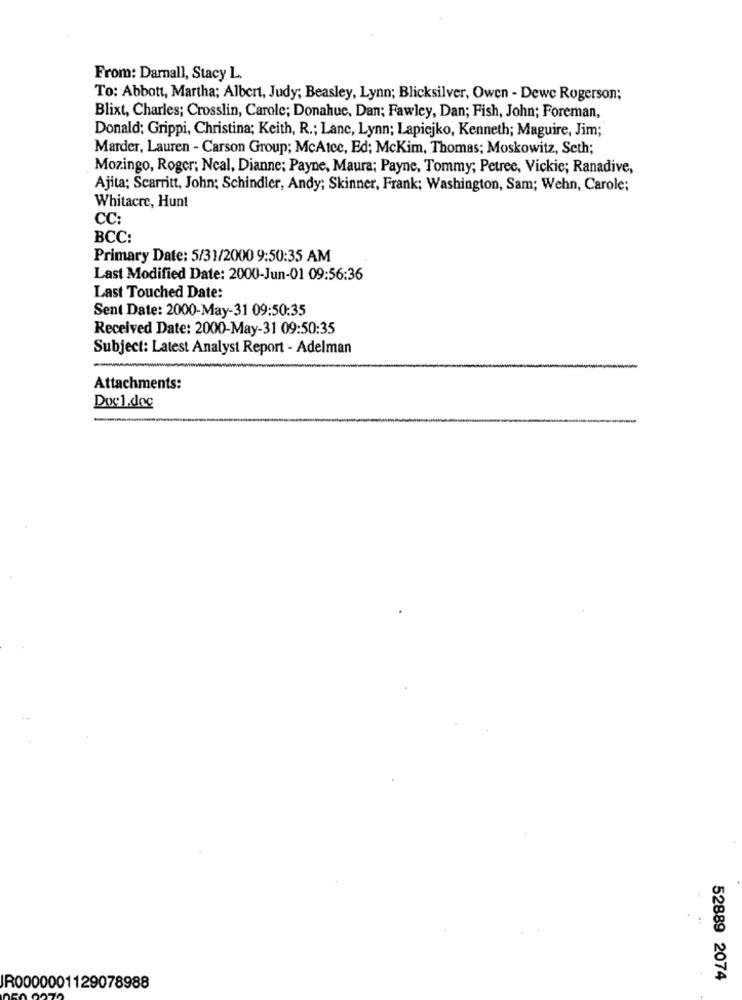
From: Darnall, Stacy L.
To: Abbott, Martha; Albert, Judy; Beasley, Lynn; Blicksilver, Owen - Dewe Rogerson;
Blixt, Charles; Crosslin, Carole; Donahue, Dan; Fawley, Dan; Fish, John; Foreman,
Donald; Grippi, Christina; Keith, R .; Lanc, Lynn; Lapiejko, Kenneth; Maguire, Jim;
Marder, Lauren - Carson Group; McAtec, Ed; McKim, Thomas; Moskowitz, Seth;
Mozingo, Roger; Neal, Dianne; Payne, Maura; Payne, Tommy; Petree, Vickie; Ranadive,
Ajita: Scarritt, John; Schindler, Andy; Skinner, Frank; Washington, Sam; Wehn, Carole;
Whitacre, Hunt
CC:
BCC:
Primary Date: 5/31/2000 9:50:35 AM
Last Modified Date: 2000-Jun-01 09:56:36
Last Touched Date:
Sent Date: 2000-May-31 09:50:35
Received Date: 2000-May-31 09:50:35
Subject: Latest Analyst Report - Adelman
Attachments:
Docl.doc
52889 2074
IR0000001129078988